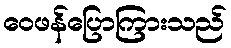
ဝေဖန်ပြောကြားသည်